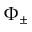
\Phi _ { \pm }